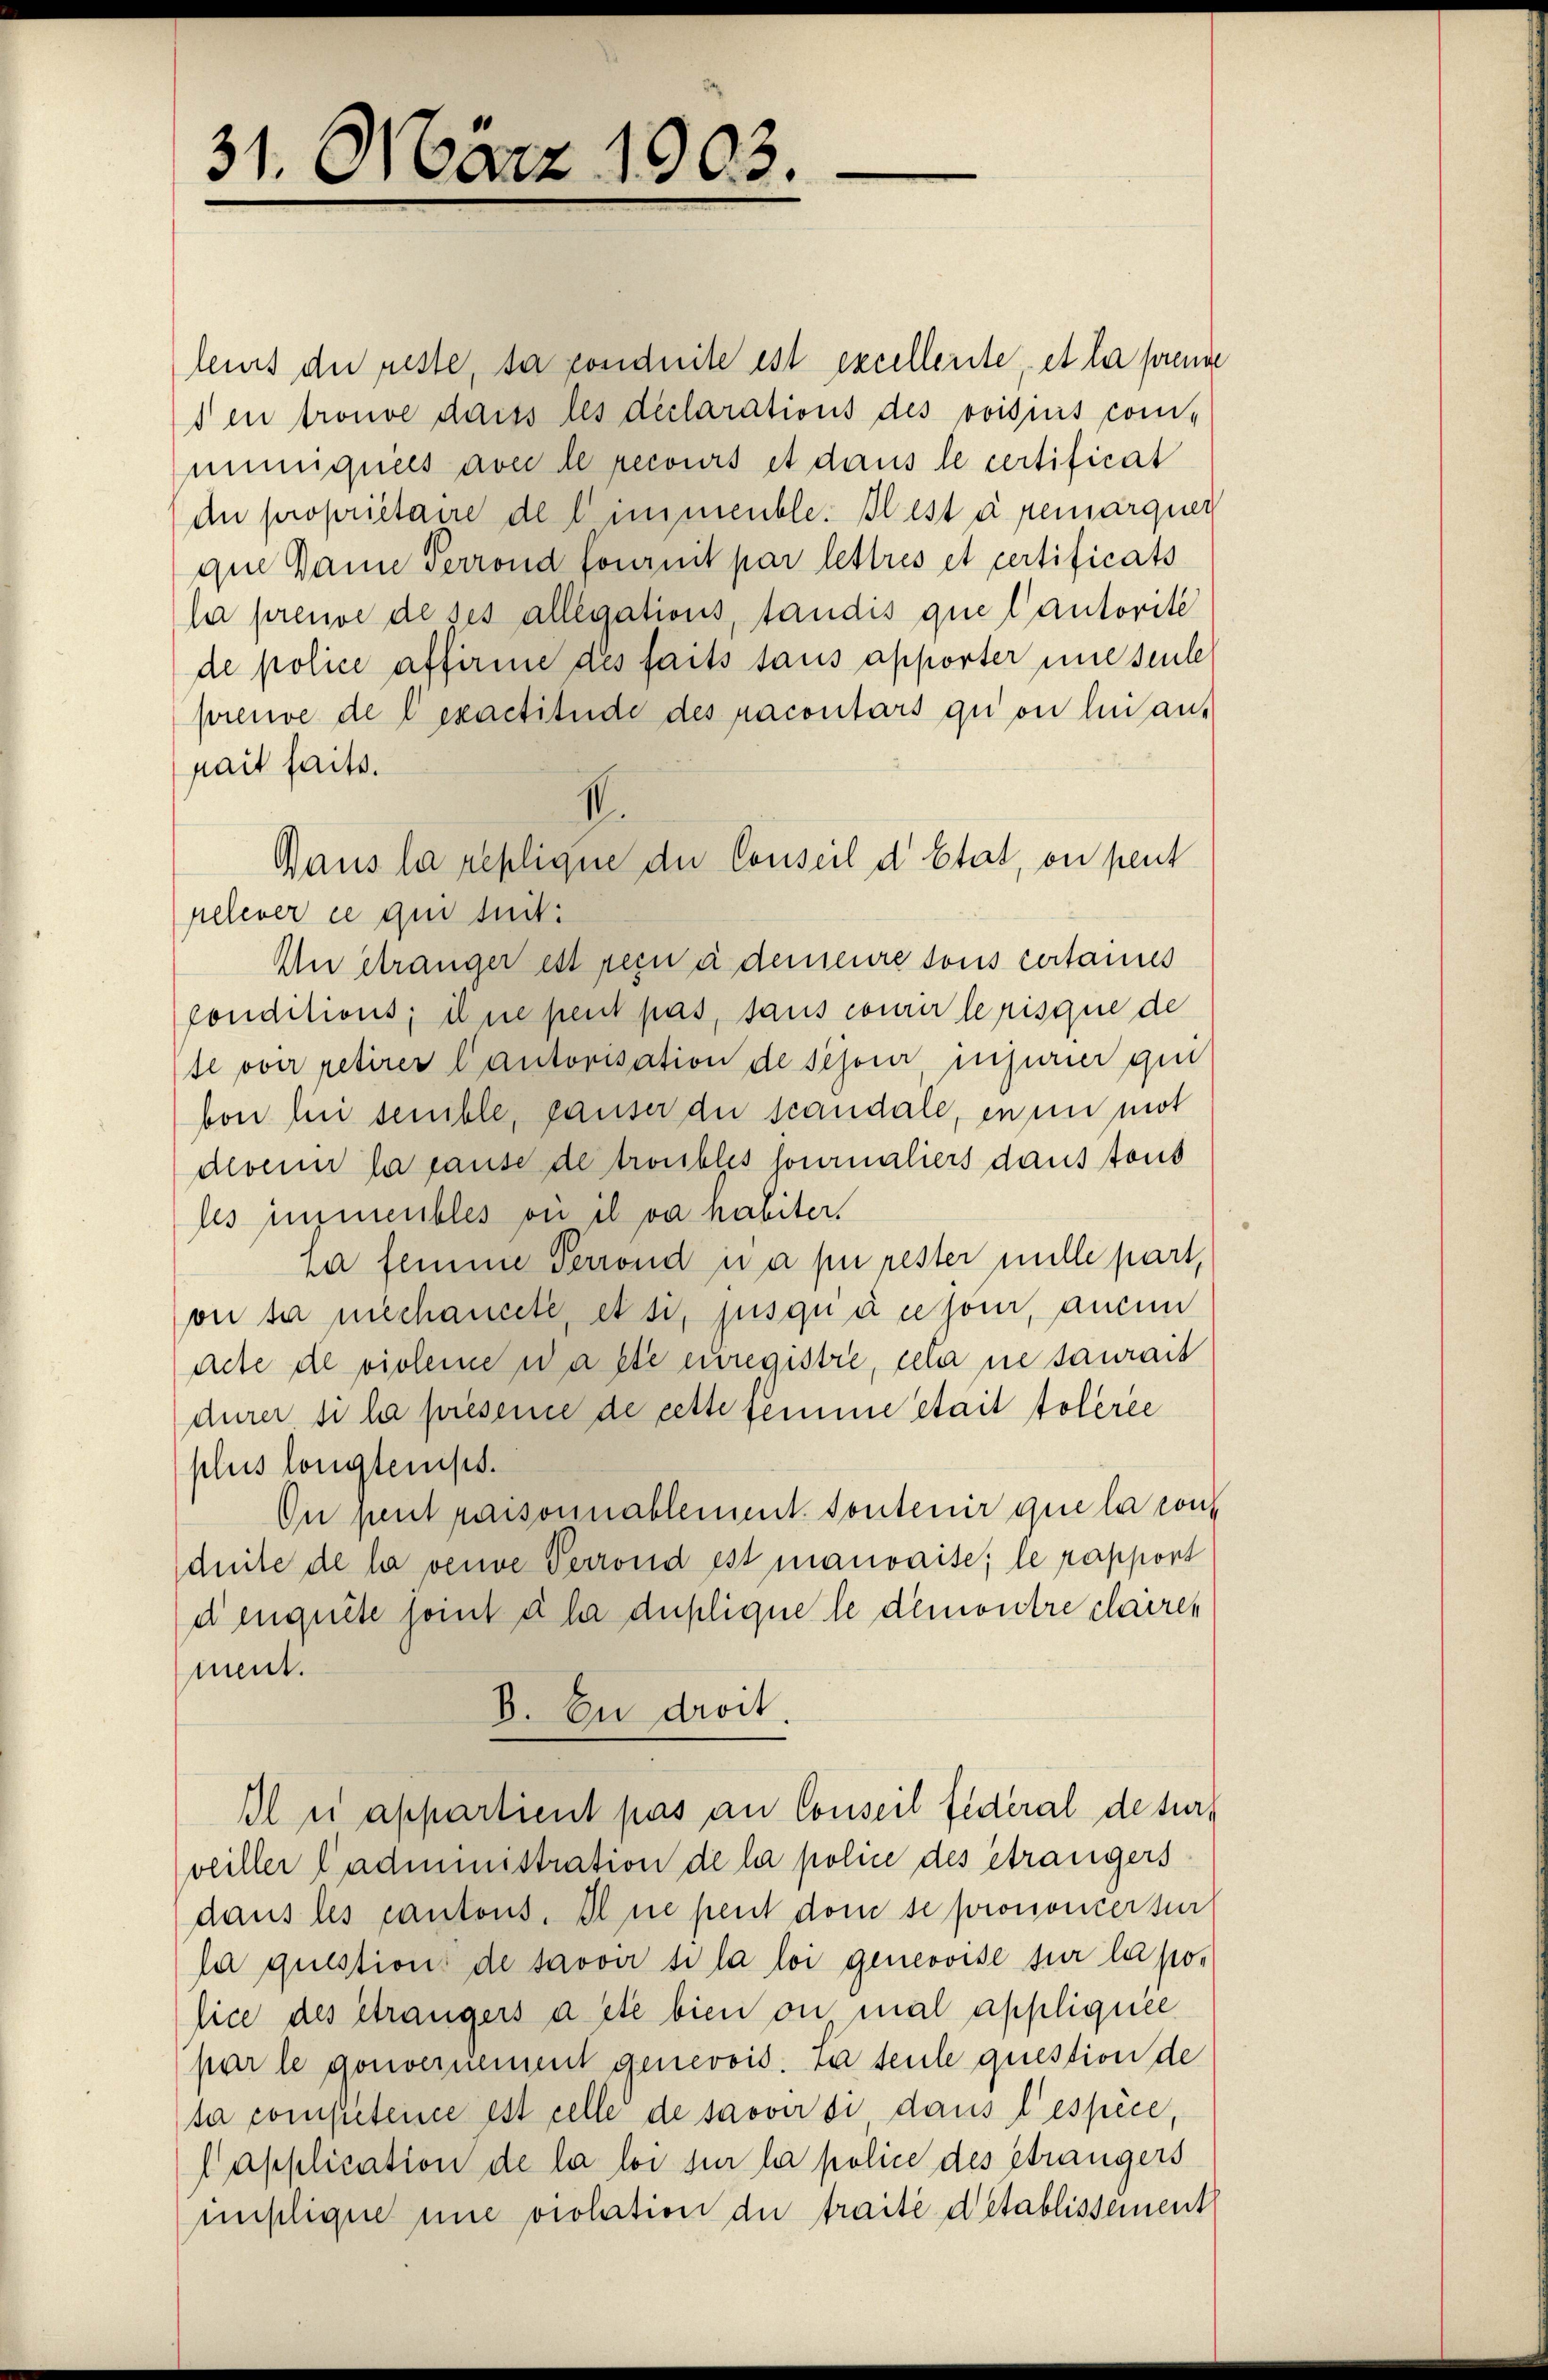
31. März 1903.

leurs die reste, da conduite ist excellente, et la prenne
s en trouve dass les declarations des voisuis com-
muniquées avec le recours et dans le certificat
An proprietaire del immenble. Blest à remarquer
que Dame Perrond fournit par lettres et certificats
la preuve de ses allegations, tandis que l’autorité
de police affirie des faits taus apporter une seule
preuve de l’exactitüde des racontars qu ou len aus
hait faits.
pelerer ce qui suit:
Un étranger est sein a demeure sous certannes
conditions; il ne peut pas, sans courir le risque de
se over retirer l’autorisation de schöner, injurier gin
hon hin senible, hauser die scandale, en in mot
dloenir la hause de troubles fournaliers dans tous
les immeubles ou il va habiter.
la femme Perrond in a pu rester mille part,
oir sa mechancete, et si, jusquae jour, aucun
acte de violeine Waste unregistre, cela ne saurait
durer si la présence de cette femme était toleree
plus longtemps.
On peut raisonnablement. Sontenir que la cont
duite de la vende Perrond est mauvaise; le rapport
denquête sont ihr duplique le demontre carren
ment.
B. zu droit
Il si appartient pas an Conseil fédéral de sur
veiller l’administration de la police des étrangers
dans les cantons. Il ne peut dem se prononcertur
la questions de savoir si la loi genevoise sur la police des étrangers acte bien on mal appliquee
par le gouvernement genevois. La seule question de
sa competence est celle de savoir si dans l’espèce,
lapplication de la loi sur la police des Strangers
unslique nie violation der traité detablissement

V.
Dans la replique die Conseil d’Etat, on peut